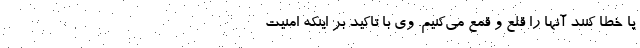
پا خطا کنند آنها را قلع و قمع می‌کنیم. وی با تاکید بر اینکه امنیت